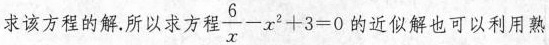
求该方程的解。所以求方程$$\frac { 6 } { x } - x ^ { 2 } + 3 = 0$$ 的近似解也可以利用熟